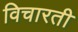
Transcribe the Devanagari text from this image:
विचारती